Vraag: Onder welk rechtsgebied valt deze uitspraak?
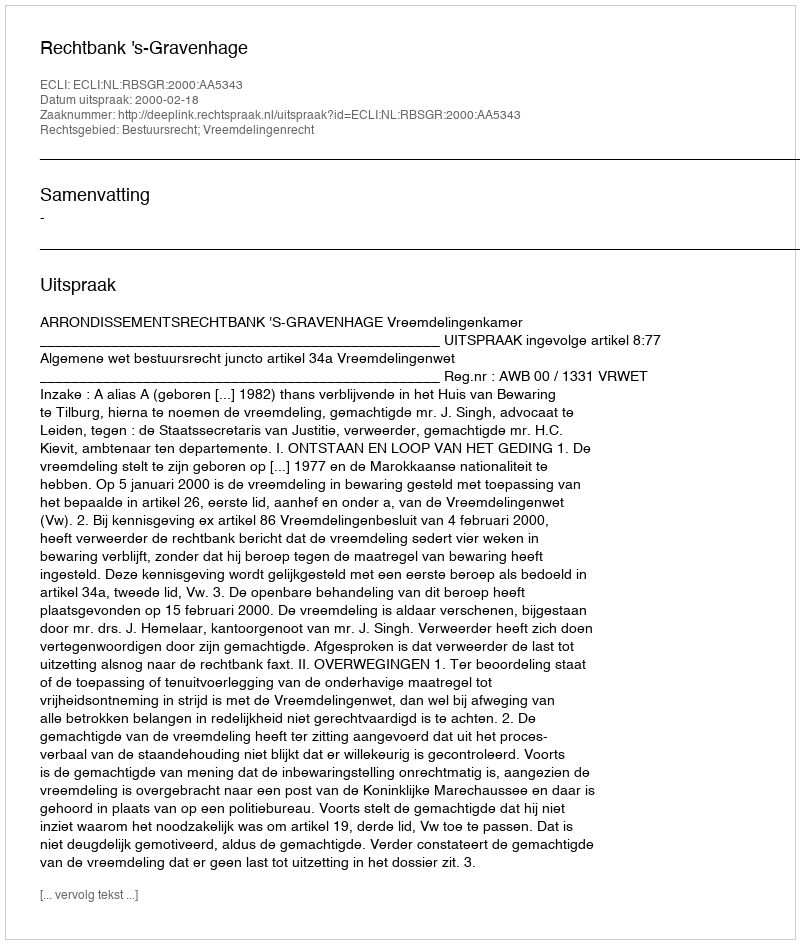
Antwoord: Bestuursrecht; Vreemdelingenrecht